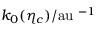
k _ { 0 } ( \eta _ { c } ) / { \mathrm { a u } } \; ^ { - 1 }